Report on sanitation, dispensaries, and jails in Rajputana for 1915, and on vaccination for the year 1915-1916 - 1915-1916
Year: 1915
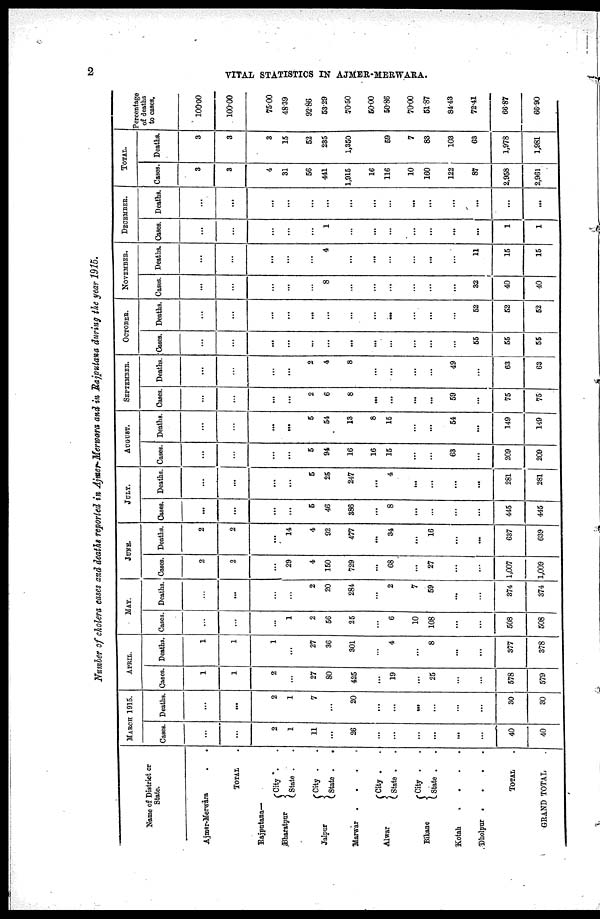
2
VITAL STATISTICS IN AJMER-MERWARA.
Number of cholera cases and deaths reported in Ajmer-Merwara and in Rajputana during the year 1915.
Name of District or
State.
Ajmer-Merwara
.
.
TOTAL .
Rajputana—
Bharatpur
Jaipur
City . .
State . .
City .
.
State . .
Marwar
.
.
.
.
Alwar
Bikaner
City .
.
State . .
City . .
State . .
Kotah
.
.
.
.
Dholpur .
.
.
.
TOTAL .
GRAND TOTAL .
MARCH 1915.
Cases.
...
...
2
1
11
...
26
...
...
...
...
...
...
40
40
Deaths.
...
...
2
1
7
...
20
...
...
...
...
...
...
30
30
APRIL.
Cases.
1
1
2
...
27
80
425
...
19
...
25
...
...
578
579
Deaths.
1
1
1
...
27
36
301
...
4
...
8
...
...
377
378
MAY.
Cases.
...
...
...
1
2
56
25
...
6
10
108
...
...
508
508
Deaths.
...
...
...
...
2
20
284
...
2
7
59
...
...
374
374
JUNE.
Cases.
2
2
...
29
4
150
729
...
68
...
27
...
...
1,007
1,009
Deaths.
2
2
...
14
4
92
477
...
34
...
16
...
...
637
639
JULY.
Cases.
...
...
...
...
5
46
386
...
8
...
...
...
...
445
445
Deaths.
...
...
...
...
5
25
247
...
4
...
...
...
...
281
281
AUGUST.
Cases.
...
...
...
...
5
94
16
16
15
...
...
63
...
209
209
Deaths.
...
...
...
...
5
54
13
8
15
...
...
54
...
149
149
SEPTEMBER.
Cases.
...
...
...
...
2
6
8
...
...
...
...
59
...
75
75
Deaths.
...
...
...
...
2
4
8
...
...
...
...
49
...
63
63
OCTOBER.
Cases.
...
...
...
...
...
...
...
...
...
...
...
...
55
55
55
Deaths.
...
...
...
...
...
...
...
...
...
...
...
...
52
52
52
NOVEMBER.
Cases.
...
...
...
...
...
8
...
...
...
...
...
...
32
40
40
Deaths.
...
...
...
...
...
4
...
...
...
...
...
...
11
15
15
DECEMBER.
Cases.
...
...
...
...
...
1
...
...
...
...
...
...
...
1
1
Deaths.
...
...
...
...
...
...
...
...
...
...
...
...
...
...
...
TOTAL.
Cases.
3
3
4
31
56
441
1,915
16
116
10
160
122
87
2,958
2,961
Deaths.
3
3
3
15
52
235
1,350
59
7
83
103
63
1,978
1,981
Percentage
of deaths
to cases.
100.00
100.00
75.00
48.39
92.86
53.29
70.50
50.00
50.86
70.00
51.87
84.43
72.41
66.87
66.90